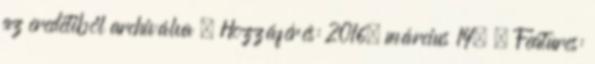
az eredetiből archiválva . Hozzáférés: 2016. március 14. ↑ Features: